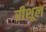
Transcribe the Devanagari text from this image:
रीशूल